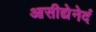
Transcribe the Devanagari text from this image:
आसीद्येनेदं